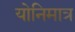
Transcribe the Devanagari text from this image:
योनिमात्र